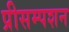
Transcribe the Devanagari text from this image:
प्रीसम्पशन